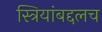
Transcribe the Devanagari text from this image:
स्त्रियांबद्दलच